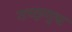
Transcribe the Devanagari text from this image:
तच्छृणुश्व